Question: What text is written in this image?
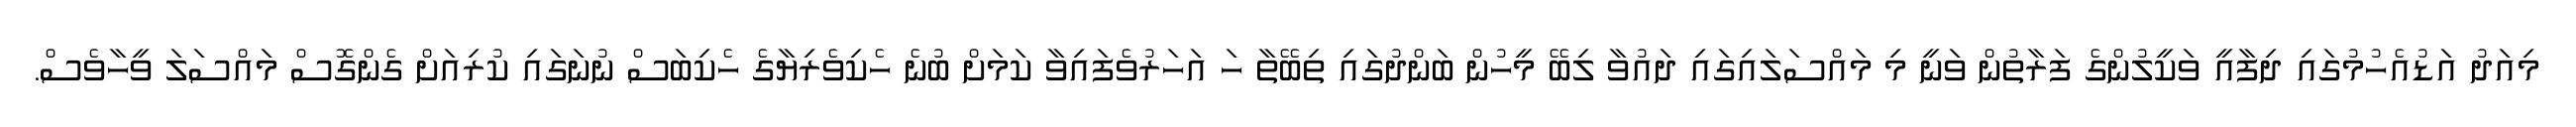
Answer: މިއަދު އަޑުއެހުމުގައި ދިފާއީ ވަކީލުންގެ ފަރާތުން ވަނީ މި މައްސަލައިގައި ދައުވާ ލިބޭ މީހުން ބަންދުގައި ތިބޭތާ ހަ އަހަރުވެފައިވާ ކަމަށް ބުނެ ހެކިވެރިޔާގެ ހެކިބަސް ނުނަގައި ކުރިއަށް ގެންގޮސް މައްސަލަ ވީހާވެސް.